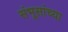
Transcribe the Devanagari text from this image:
संभूसांच्या